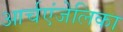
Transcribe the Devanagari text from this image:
आर्चएंजेलिका